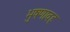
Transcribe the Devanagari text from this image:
भुषणावह